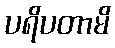
ပရိပတာမိ